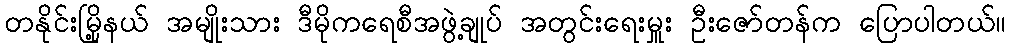
တနိုင်းမြို့နယ် အမျိုးသား ဒီမိုကရေစီအဖွဲ့ချုပ် အတွင်းရေးမှူး ဦးဇော်တန်က ပြောပါတယ်။